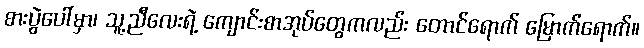
စားပွဲပေါ်မှာ၊ သူ့ညီလေးရဲ့ ကျောင်းစာအုပ်တွေကလည်း တောင်ရောက် မြောက်ရောက်။